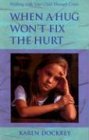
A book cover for When a Hug Won't Fix the Hurt : Walking Your Child Through Crisis; Karen Dockrey; Medical Books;